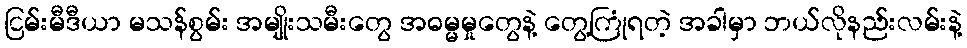
ငြမ်းမီဒီယာ မသန်စွမ်း အမျိုးသမီးတွေ အဓမ္မမှုတွေနဲ့ တွေ့ကြုံရတဲ့ အခါမှာ ဘယ်လိုနည်းလမ်းနဲ့